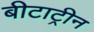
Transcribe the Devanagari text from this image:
बीटाट्रीन